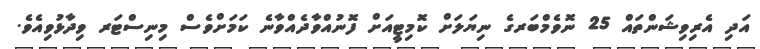
އަދި އެރިވިޝަންތައް 25 ނޮވެމްބަރގެ ނިޔަލަށް ކޮމިޓީއަށް ފޮނުއްވާދެއްވާނެ ކަމަށްވެސް މިނިސްޓަރ ވިދާޅުވިއެވެ.